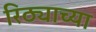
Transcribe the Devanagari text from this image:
रिठ्याच्या